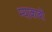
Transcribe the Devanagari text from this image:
म्याकाबी